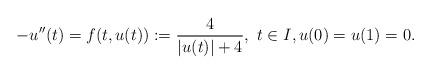
LaTeX: \begin{align*} -u''(t)=f(t,u(t)):=\frac{4}{|u(t)|+4},\ t\in I, u(0)=u(1)=0.\end{align*}